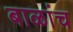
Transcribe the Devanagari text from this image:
बाळांच